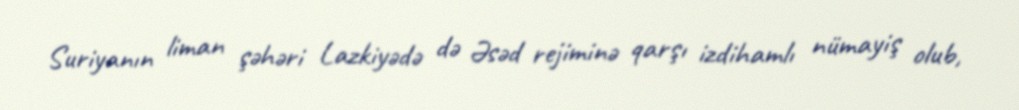
Suriyanın liman şəhəri Lazkiyədə də Əsəd rejiminə qarşı izdihamlı nümayiş olub,